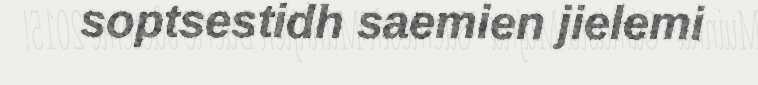
soptsestidh saemien jielemi